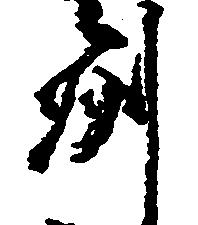
州